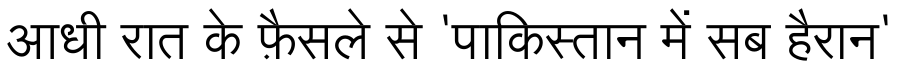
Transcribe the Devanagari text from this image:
आधी रात के फ़ैसले से 'पाकिस्तान में सब हैरान'